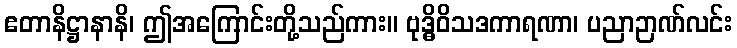
ဧတာနိဋ္ဌာနာနိ၊ ဤအကြောင်းတို့သည်ကား။ ဗုဒ္ဓိဝိသဒကာရဏာ၊ ပညာဉာဏ်လင်း